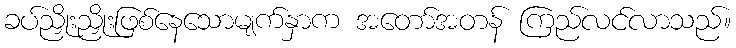
ခပ်ညှိုးညှိုးဖြစ်နေသောမျက်နှာက အတော်အတန် ကြည်လင်လာသည်။